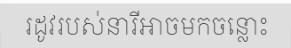
រដូវរបស់នារីអាចមកចន្លោះ